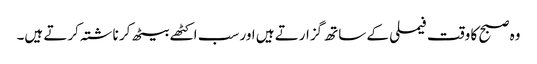
وہ صبح کا وقت فیملی کے ساتھ گزارتے ہیں اور سب اکٹھے بیٹھ کر ناشتہ کرتے ہیں۔